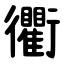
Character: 衢